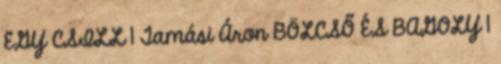
EGY CSILL 1 Tamási Áron BÖLCSŐ ÉS BAGOLY 1